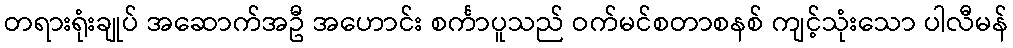
တရားရုံးချုပ် အဆောက်အဦ အဟောင်း စင်္ကာပူသည် ဝက်မင်စတာစနစ် ကျင့်သုံးသော ပါလီမန်